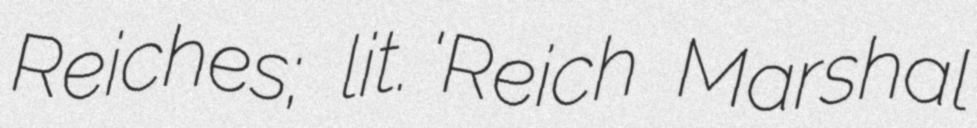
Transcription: Reiches; lit. 'Reich Marshal